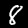
Label: 8